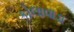
કોલાવાડા